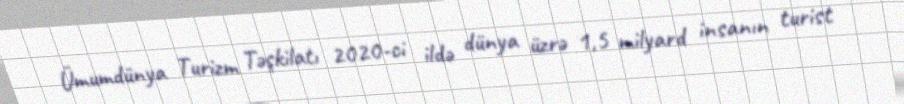
Ümumdünya Turizm Təşkilatı 2020-ci ildə dünya üzrə 1,5 milyard insanın turist